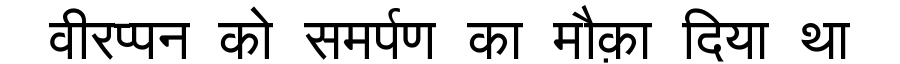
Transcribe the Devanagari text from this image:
वीरप्पन को समर्पण का मौक़ा दिया था